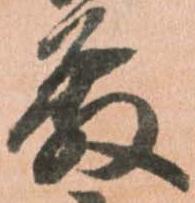
殿